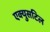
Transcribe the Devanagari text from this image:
एक्युसटिल